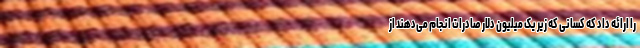
را ارائه داد که کسانی که زیر یک میلیون دلار صادرات انجام می‌دهند از